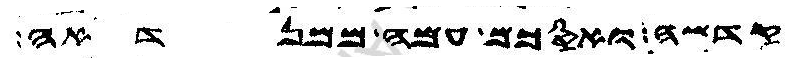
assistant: קדשה ואסכם עמה ממנדאה